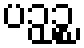
ပဉှဉ္စ